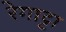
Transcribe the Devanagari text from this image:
रेगाट्टा